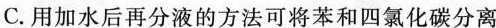
C.用加水后再分液的方法可将苯和四氯化碳分离